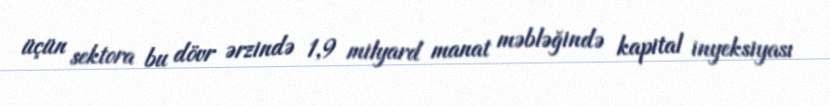
üçün sektora bu dövr ərzində 1,9 milyard manat məbləğində kapital inyeksiyası